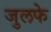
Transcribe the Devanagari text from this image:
जुलफे